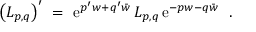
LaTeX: \left( { \cal L } _ { p , q } \right) ^ { \prime } \ = \ \mathrm { e } ^ { p ^ { \prime } w + q ^ { \prime } \bar { w } } \, { \cal L } _ { p , q } \, \mathrm { e } ^ { - p w - q \bar { w } } \ \ .